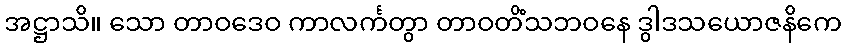
အဋ္ဌာသိ။ သော တာဝဒေဝ ကာလင်္ကတွာ တာဝတိံသဘဝနေ ဒွါဒသယောဇနိကေ